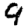
Digit: 9